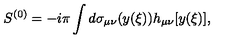
S ^ { ( 0 ) } = - i \pi \int d \sigma _ { \mu \nu } ( y ( \xi ) ) h _ { \mu \nu } [ y ( \xi ) ] ,